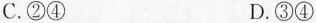
C.②④ D.③④